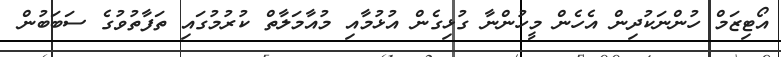
އޯޓިޒަމް ހުންނަކުދިން އެހެން މީހުންނާ ގުޅިގެން އުޅުމާއި މުއާމަލާތް ކުރުމުގައި ތަފާތުވުގެ ސަބަބުން